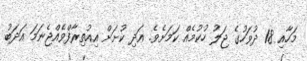
މަހާއި 18 ދުވަހުގެ ޖަލު ހުކުމެއް ކަމަށެވެ. އަދި ކުށަށް އިއުތިރާފްވެއްޖެނަމަ އަދަބު